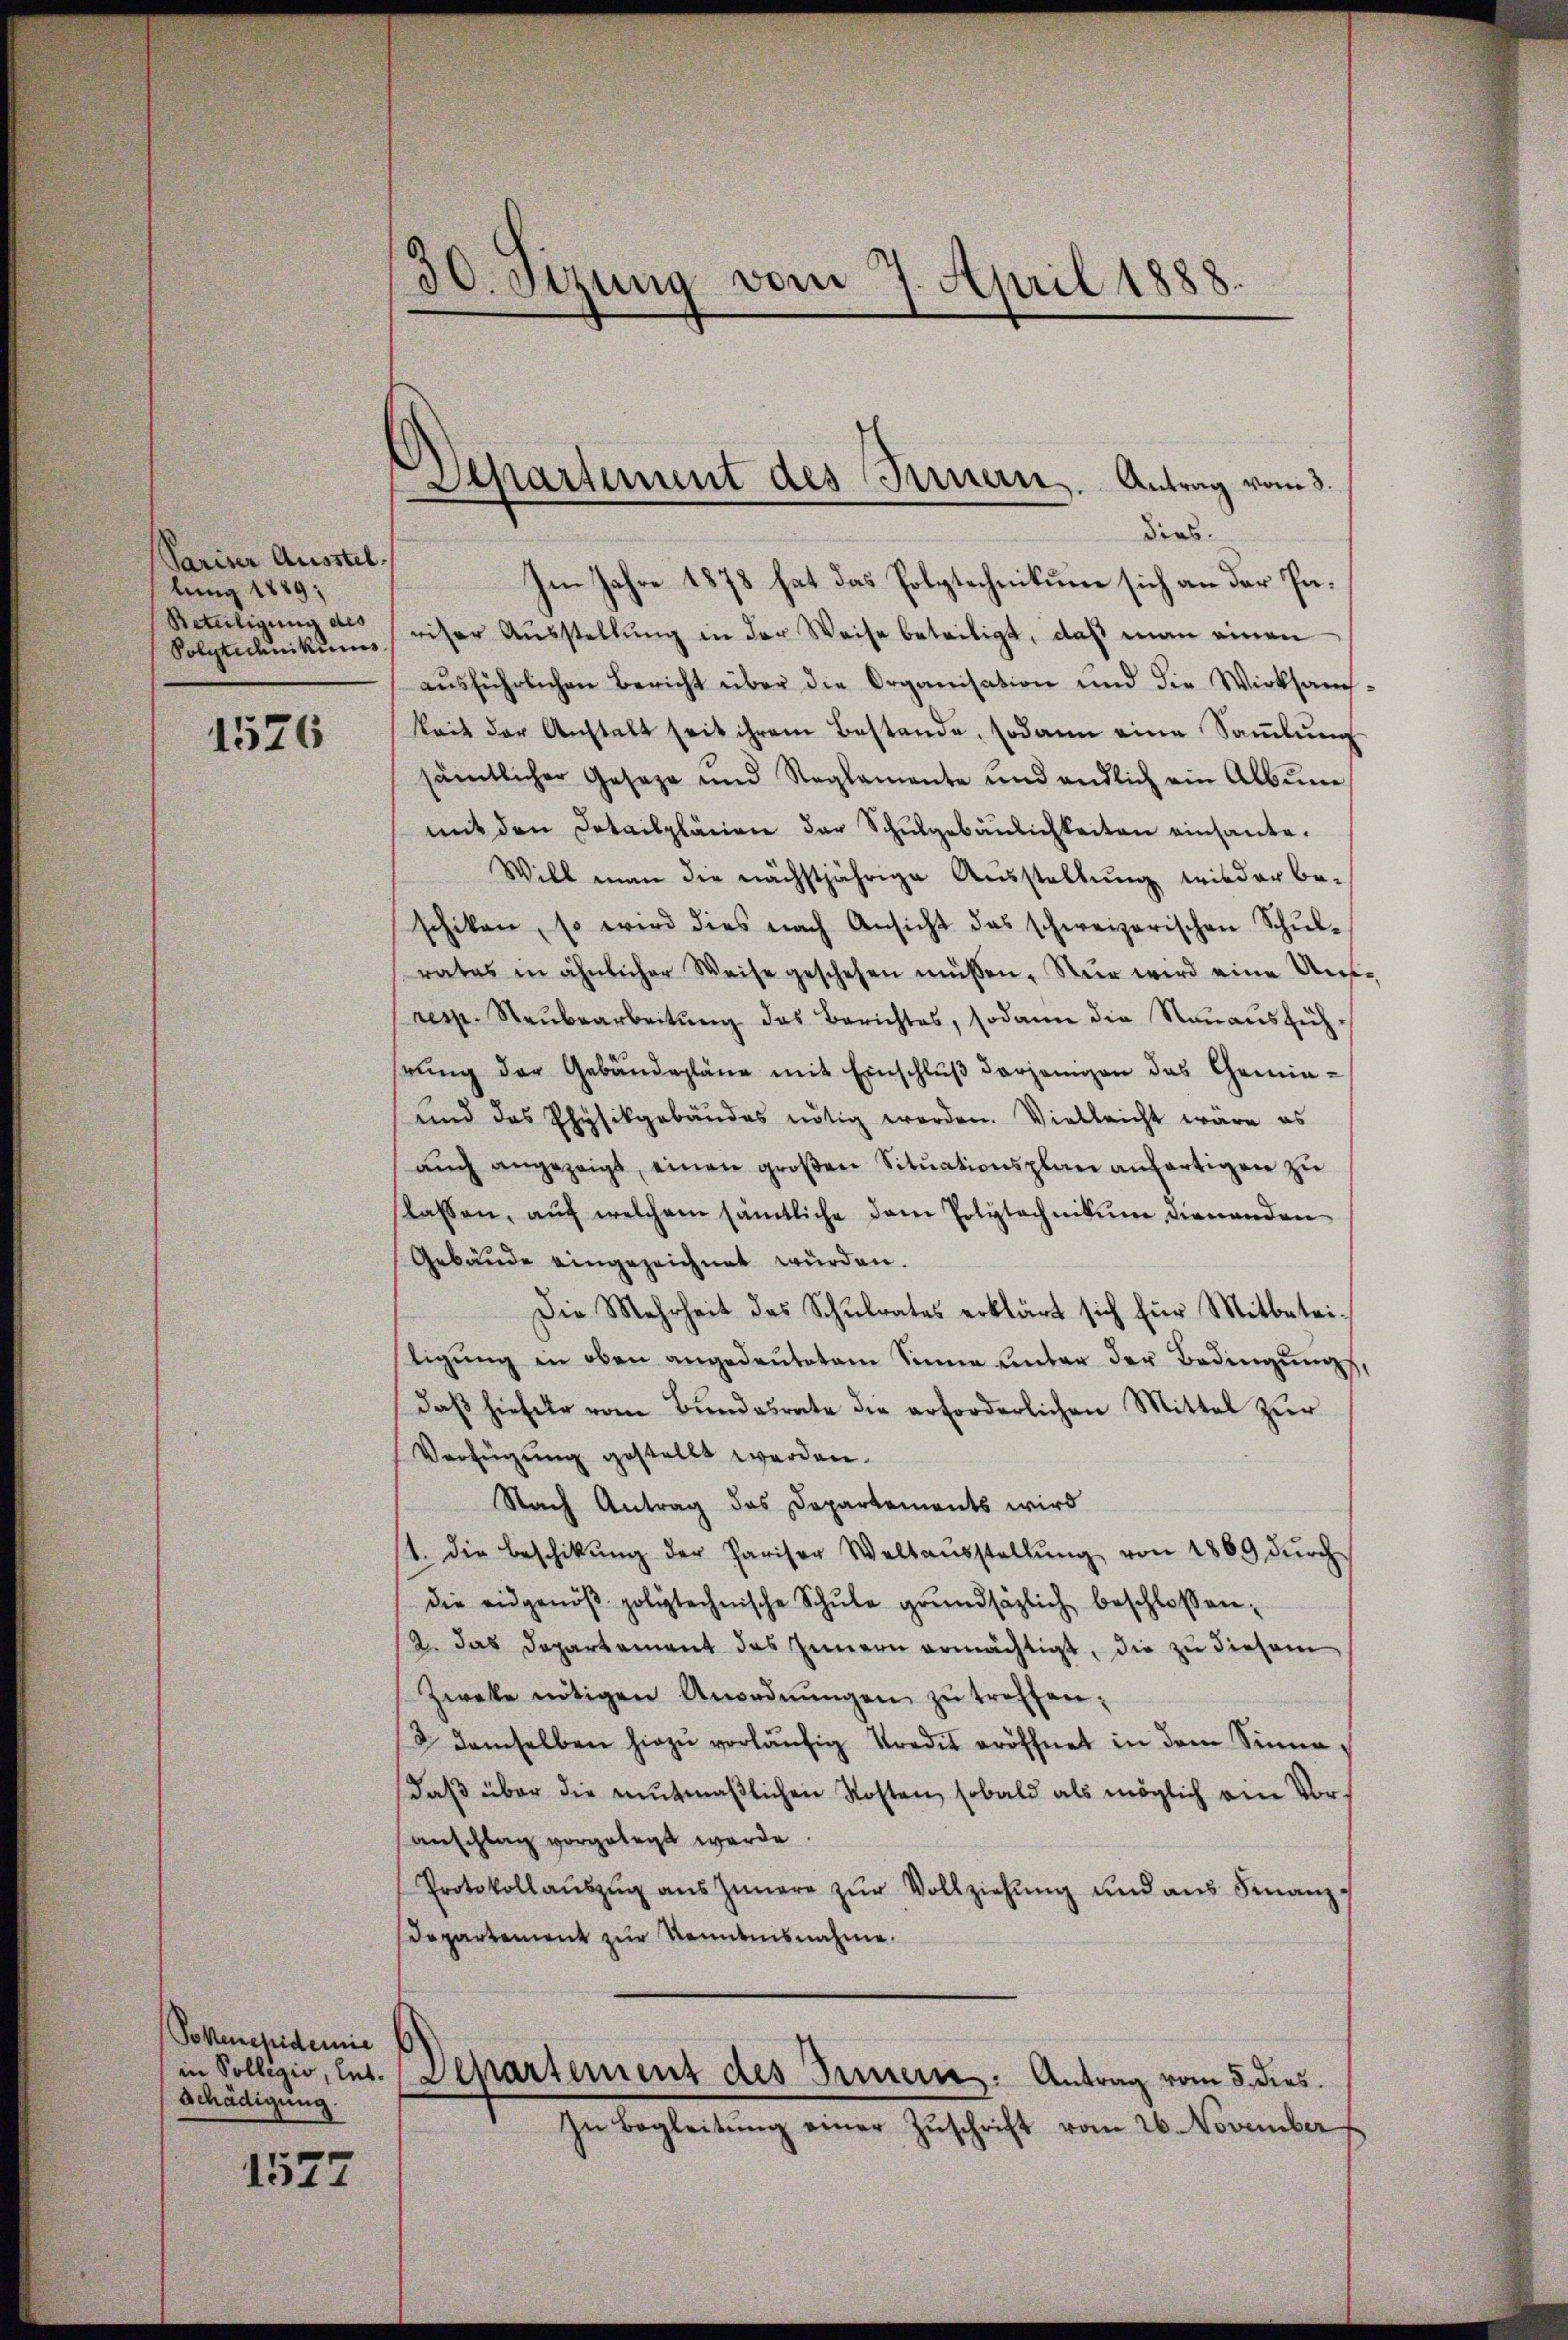
Pariser Ausstel
lung 1889;
Beteiligung des
Solytechnikums

1526

Pokenepidemie
Schädigung.

1527

30. Stzung vom 7. April 1888.

Separtement des Innern. Antrag vom 3.

dias.
Im Jahre 1878 hat das Polytechnikum sich an der Pariser Aŭsstellŭng in der Weise beteiligt, daß man einen
ausführlichen Bericht über die Organisation und die Wirksamkait der Anstalt seit ihrem Bestande, sodann eine Saṁlŭng
sämtlicher Geseze und Reglemente und endlich ein Albŭm
mit den Detailplänen der Schŭlgebäŭlichkeiten einsante.
Will man die nächstjährige Ausstellung wieder beschiken, so wird dies nach Ansicht das schweizerischen Schŭl-
rates in ähnlicher Weise geschehen müssen. Nur wird eine Un¬
resp. Raŭbearbeitŭng das Berichtes, sodann die Rauausführŭng der Gebäudepläne mit Einschlŭβ derjenigen das Gemie-
und das Physikgebäudes nötig worden. Vielleicht wäre es
aŭch angezeigt, einen groβen Sitŭationsplan anhartigen zu
slassen, auf welchem sämtliche dem Polytechnikum dienenden
Gebäude eingezeichnet würden.
Die Mehrheit des Schŭlrates erklärt sich für Mitbetei-
tigŭng in oben angedeutetem Sinne unter der Bedingŭngs-
daβ hiefür vom Bŭndesrate die erforderlichen Mittel zŭr
Verfügung gestellt werden.
Nach Antrag das Departements wird
1. die Beschikŭng der Pariser Weltaŭsstellŭng von 1869 dŭrch
die eidgenöβ polytechnische Schule grundsätzlich beschlossen:
12. das Departement das Innern ermächtigt, die zu diesem
Zweke nötigen Anordnŭngen zŭ treffen;
3 demselben hiezŭ vorläŭfig Kredit eröffnet in dem Sinne
daβ über die mutmaβlichen Kosten, sobald als möglich ein Voranschlag vorgelegt werde.
Protokoll aŭszŭg aŭs Innere zŭr Vollziehŭng und aus Finanz¬
Departement zur Kenntnisnahme.
in Sollegio, lut. Departement des Innern: Antrag vom 5. dies
In Begleitung einer Zuschrift vom 26. November